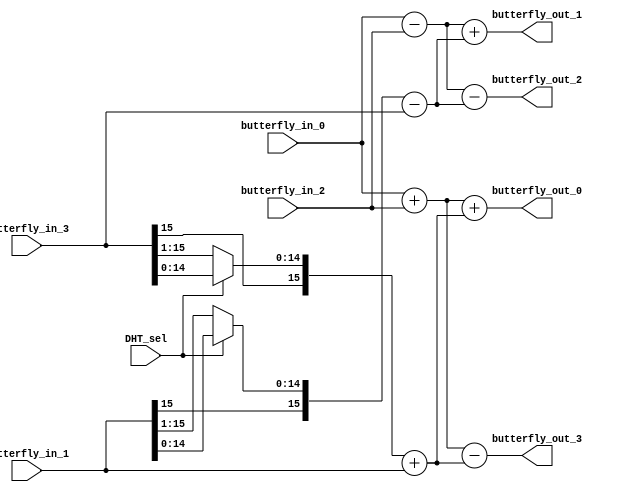
module transform_butterfly
(
	DHT_sel,
	butterfly_in_0,
	butterfly_in_1,
	butterfly_in_2,
	butterfly_in_3,
	butterfly_out_0,
	butterfly_out_1,
	butterfly_out_2,
	butterfly_out_3
);
input DHT_sel;
input signed [15:0] butterfly_in_0;
input signed [15:0] butterfly_in_1;
input signed [15:0] butterfly_in_2;
input signed [15:0] butterfly_in_3;

output signed [15:0] butterfly_out_0;
output signed [15:0] butterfly_out_1;
output signed [15:0] butterfly_out_2;
output signed [15:0] butterfly_out_3;

wire signed [15:0] temp_0;
wire signed [15:0] temp_1;
wire signed [15:0] temp_2;
wire signed [15:0] temp_3;

wire signed [15:0] butterfly_tmp_1;
wire signed [15:0] butterfly_tmp_3;

assign butterfly_tmp_1 = DHT_sel?butterfly_in_1:butterfly_in_1>>>1;
assign butterfly_tmp_3 = DHT_sel?butterfly_in_3:butterfly_in_3>>>1;

assign	temp_0 = butterfly_in_0 + butterfly_in_2;																									
assign	temp_1 = butterfly_in_0 - butterfly_in_2;																									
assign	temp_2 = butterfly_tmp_1 - butterfly_in_3;																									
assign	temp_3 = butterfly_tmp_3 + butterfly_in_1;																									
assign	butterfly_out_0 = temp_0 + temp_3;																									
assign	butterfly_out_1 = temp_1 + temp_2;																									
assign	butterfly_out_2 = temp_1 - temp_2;																									
assign	butterfly_out_3 = temp_0 - temp_3;


endmodule